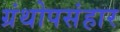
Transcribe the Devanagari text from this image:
ग्रंथोपसंहार